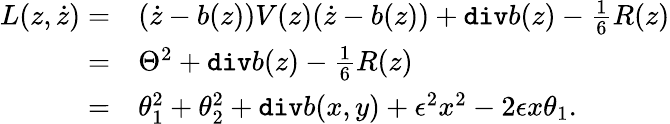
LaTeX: \begin{array}{rl}{L(z,\dot{z})=}&{(\dot{z}-b(z))V(z)(\dot{z}-b(z))+\mathtt{div}b(z)-\frac{1}{6}R(z)}\\ {=}&{\Theta^{2}+\mathtt{div}b(z)-\frac{1}{6}R(z)}\\ {=}&{\theta_{1}^{2}+\theta_{2}^{2}+\mathtt{div}b(x,y)+\epsilon^{2}x^{2}-2\epsilon x\theta_{1}.}\end{array}